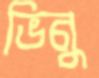
ভিনু